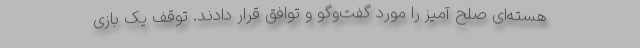
هسته‌ای صلح آمیز را مورد گفت‌وگو و توافق قرار دادند. توقف یک بازی